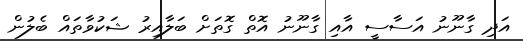
އަދި ގާނޫނު އަސާސީ އާއި ގާނޫނު އޮތް ގޮތަށް ބަލާއިރު ޝަކުވާތައް ބެލުން